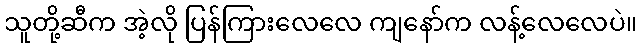
သူတို့ဆီက အဲ့လို ပြန်ကြားလေလေ ကျနော်က လန့်လေလေပဲ။